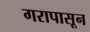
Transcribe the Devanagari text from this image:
गरापासून